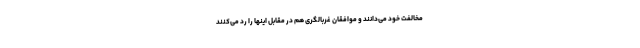
مخالفت خود می‌دانند و موافقان غربالگری هم در مقابل اینها را رد می‌کنند